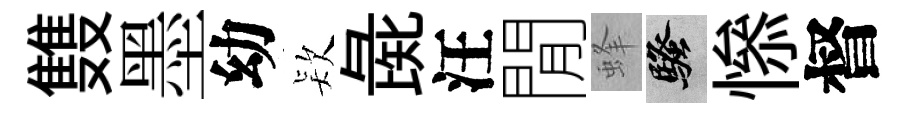
䨇墨幼𣣇彘汪閒蜂騷𢡖督